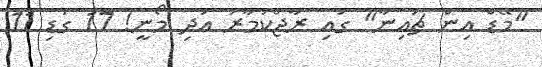
"މޭޑް އިން ޗައިނާ" ގައި ރާޖްކުމާރު އަދި މޯނީ! 17 ގަޑި 11